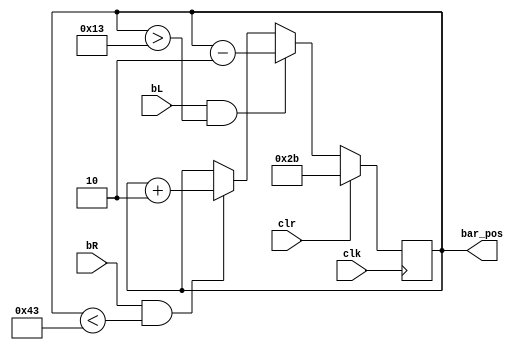
`timescale 1ns / 1ps
//////////////////////////////////////////////////////////////////////////////////
// Company: 
// Engineer: 
// 
// Design Name: 
// Module Name: bar_position
// Project Name: 
// Target Devices: 
// Tool Versions: 
// Description: 
// 
// Dependencies: 
// 
// Revision:
// Revision 0.01 - File Created
// Additional Comments:
// 
//////////////////////////////////////////////////////////////////////////////////


module bar_position(input clk, clr, bL, bR, output reg [6:0] bar_pos = 43);
    always @(posedge clk) begin
        bar_pos <= (clr) ? 43 :
                    (bL && bar_pos > 19) ? bar_pos - 2 :
                    (bR && bar_pos < 67) ? bar_pos + 2 :
                    bar_pos;
    end
endmodule